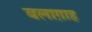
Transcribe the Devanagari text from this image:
बलाग़ाह